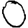
Digit: 0